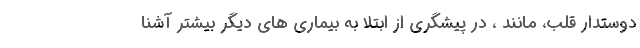
دوستدار قلب، مانند ، در پیشگری از ابتلا به بیماری های دیگر بیشتر آشنا